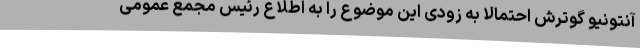
آنتونیو گوترش احتمالا به زودی این موضوع را به اطلاع رئیس مجمع عمومی